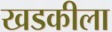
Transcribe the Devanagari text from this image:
खडकीला